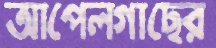
আপেলগাছের